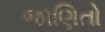
જાણિતો